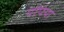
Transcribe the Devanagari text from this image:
पोंपेया